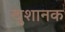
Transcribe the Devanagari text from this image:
खुशानक